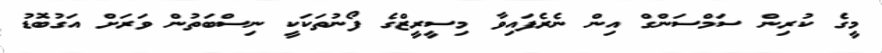
މީގެ ކުރިން ސަމްސަންގް އިން ނެރެފައިވާ މިސީރީޒްގެ ފޯނުތަކަކީ ނިސްބަތުން ވަރަށް އަގުބޮޑު